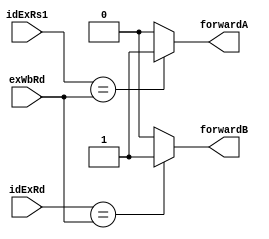
module forward (
   idExRs1,
   idExRd,
   exWbRd,
   forwardA,
   forwardB
);
    input wire [2:0] idExRs1,idExRd,exWbRd;
    output forwardA,forwardB;

    assign forwardA = (idExRs1 == exWbRd) ? 1'b1 : 1'b0;
    assign forwardB = (idExRd == exWbRd) ? 1'b1 : 1'b0;
endmodule